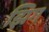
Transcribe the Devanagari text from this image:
झिग